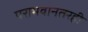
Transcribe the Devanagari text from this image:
पराभवानंतरही